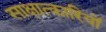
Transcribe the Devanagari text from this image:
साक्षात्कारियों